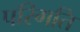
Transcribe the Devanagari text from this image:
परिगति